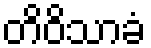
တိဝိသာခံ